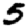
Digit: 5